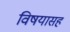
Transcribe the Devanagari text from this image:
विषयासह